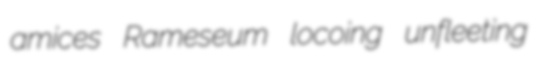
amices Rameseum locoing unfleeting